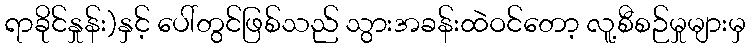
ရာခိုင်နှုန်း)နှင့် ပေါ်တွင်ဖြစ်သည် သွားအခန်းထဲဝင်တော့ လူ့စီစဉ်မှုများမှ